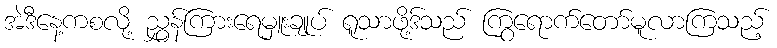
အဲဒီနေ့ကစလို့ ညွှန်ကြားရေမှူးချုပ် ရူသာဖို့ဒ်သည် ကြွရောက်တော်မူလာကြသည့်